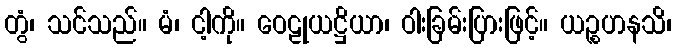
တွံ၊ သင်သည်။ မံ၊ ငါ့ကို။ ဝေဠုယဋ္ဌိယာ၊ ဝါးခြမ်းပြားဖြင့်။ ယဉ္စဟနသိ၊